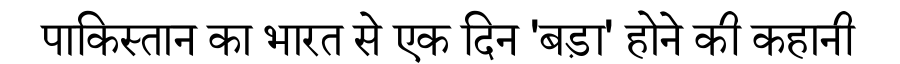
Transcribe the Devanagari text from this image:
पाकिस्तान का भारत से एक दिन 'बड़ा' होने की कहानी